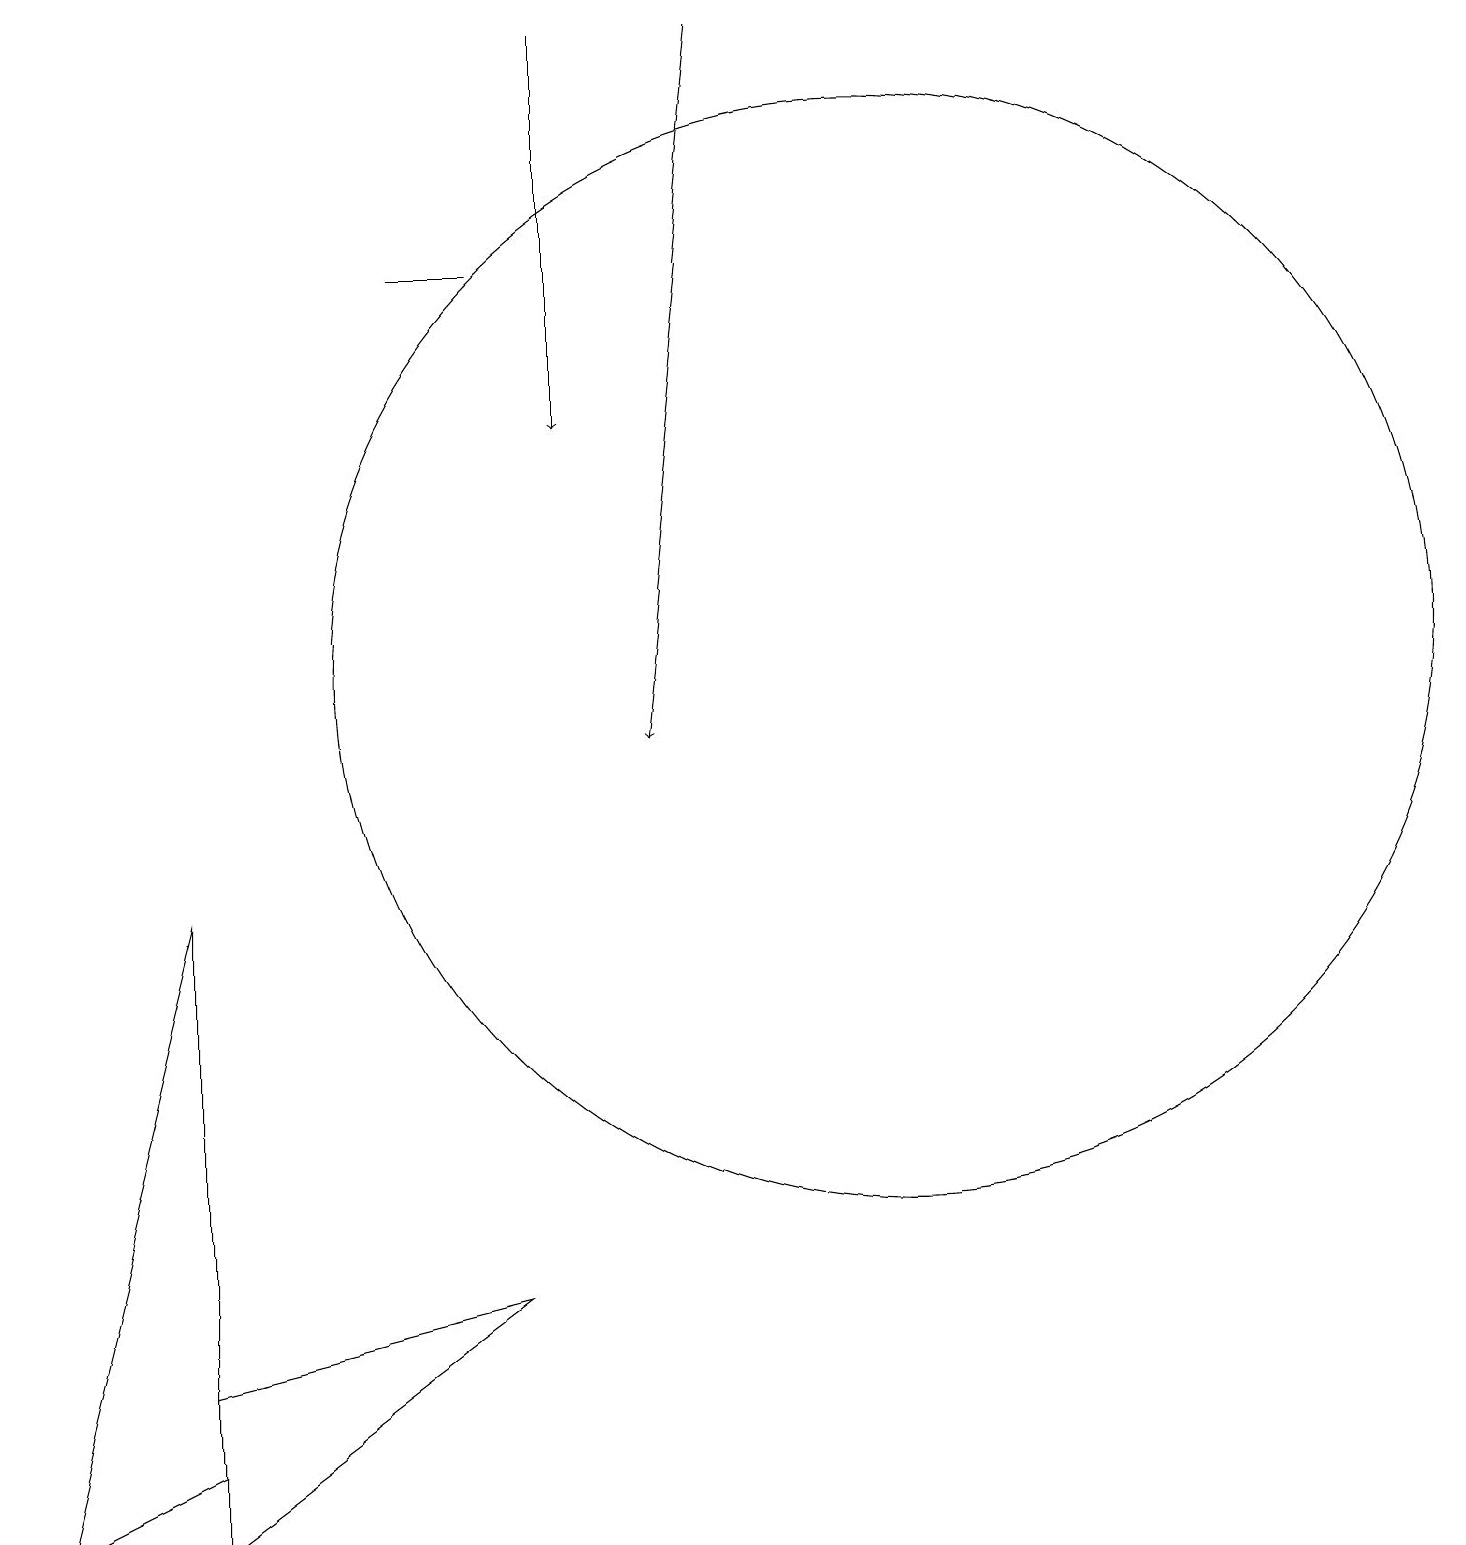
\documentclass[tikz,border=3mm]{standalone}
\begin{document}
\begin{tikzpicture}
\draw (11,11) circle (7);
\draw[->] (9,19) -- (8,10);
\draw (6,3) -- (2,2) -- (2,0) -- cycle;
\draw[->] (7,19) -- (7,14);
\draw (2,8) -- (2,1) -- (0,0) -- cycle;
\draw (5,16) rectangle (6,16);
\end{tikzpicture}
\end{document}